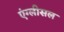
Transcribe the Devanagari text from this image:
एंग्लीसल